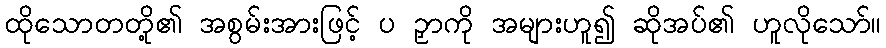
ထိုသောတတို့၏ အစွမ်းအားဖြင့် ပ ဉှာကို အများဟူ၍ ဆိုအပ်၏ ဟူလိုသော်။